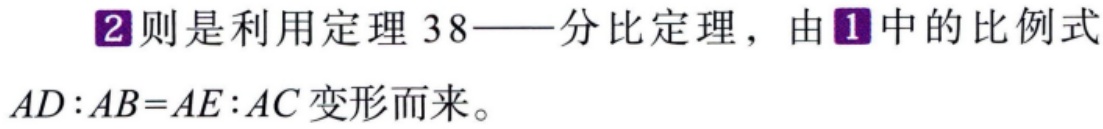
\textcircled{2}则是利用定理38——分比定理，由\textcircled{1}中的比例式\(AD:AB = AE:AC\)变形而来。